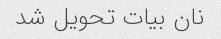
نان بیات تحویل شد